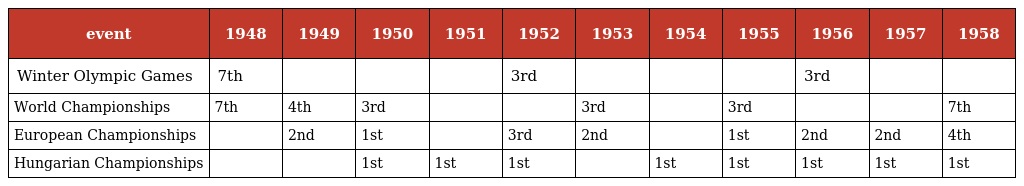
| event | 1948 | 1949 | 1950 | 1951 | 1952 | 1953 | 1954 | 1955 | 1956 | 1957 | 1958 |
 | --- | --- | --- | --- | --- | --- | --- | --- | --- | --- | --- | --- |
 | Winter Olympic Games | 7th |  |  |  | 3rd |  |  |  | 3rd |  |  |
 | World Championships | 7th | 4th | 3rd |  |  | 3rd |  | 3rd |  |  | 7th |
 | European Championships |  | 2nd | 1st |  | 3rd | 2nd |  | 1st | 2nd | 2nd | 4th |
 | Hungarian Championships |  |  | 1st | 1st | 1st |  | 1st | 1st | 1st | 1st | 1st |